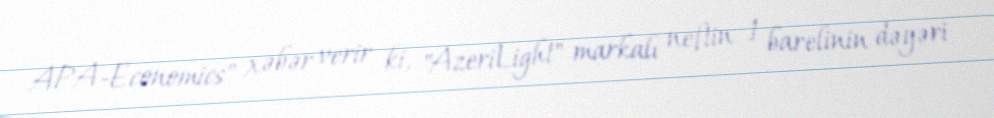
APA-Economics" xəbər verir ki, "AzeriLight" markalı neftin 1 barelinin dəyəri